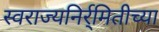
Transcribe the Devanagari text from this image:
स्वराज्यनिर्र्मितीच्या